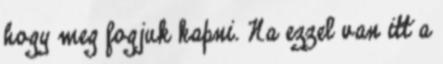
hogy meg fogjuk kapni. Na ezzel van itt a